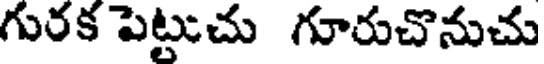
గురక పెట్టుచు గూరుచొనుచు